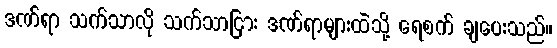
ဒဏ်ရာ သက်သာလို သက်သာငြား ဒဏ်ရာများထဲသို့ ရေစက် ချပေးသည်။